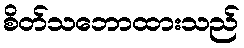
စိတ်သဘောထားသည်